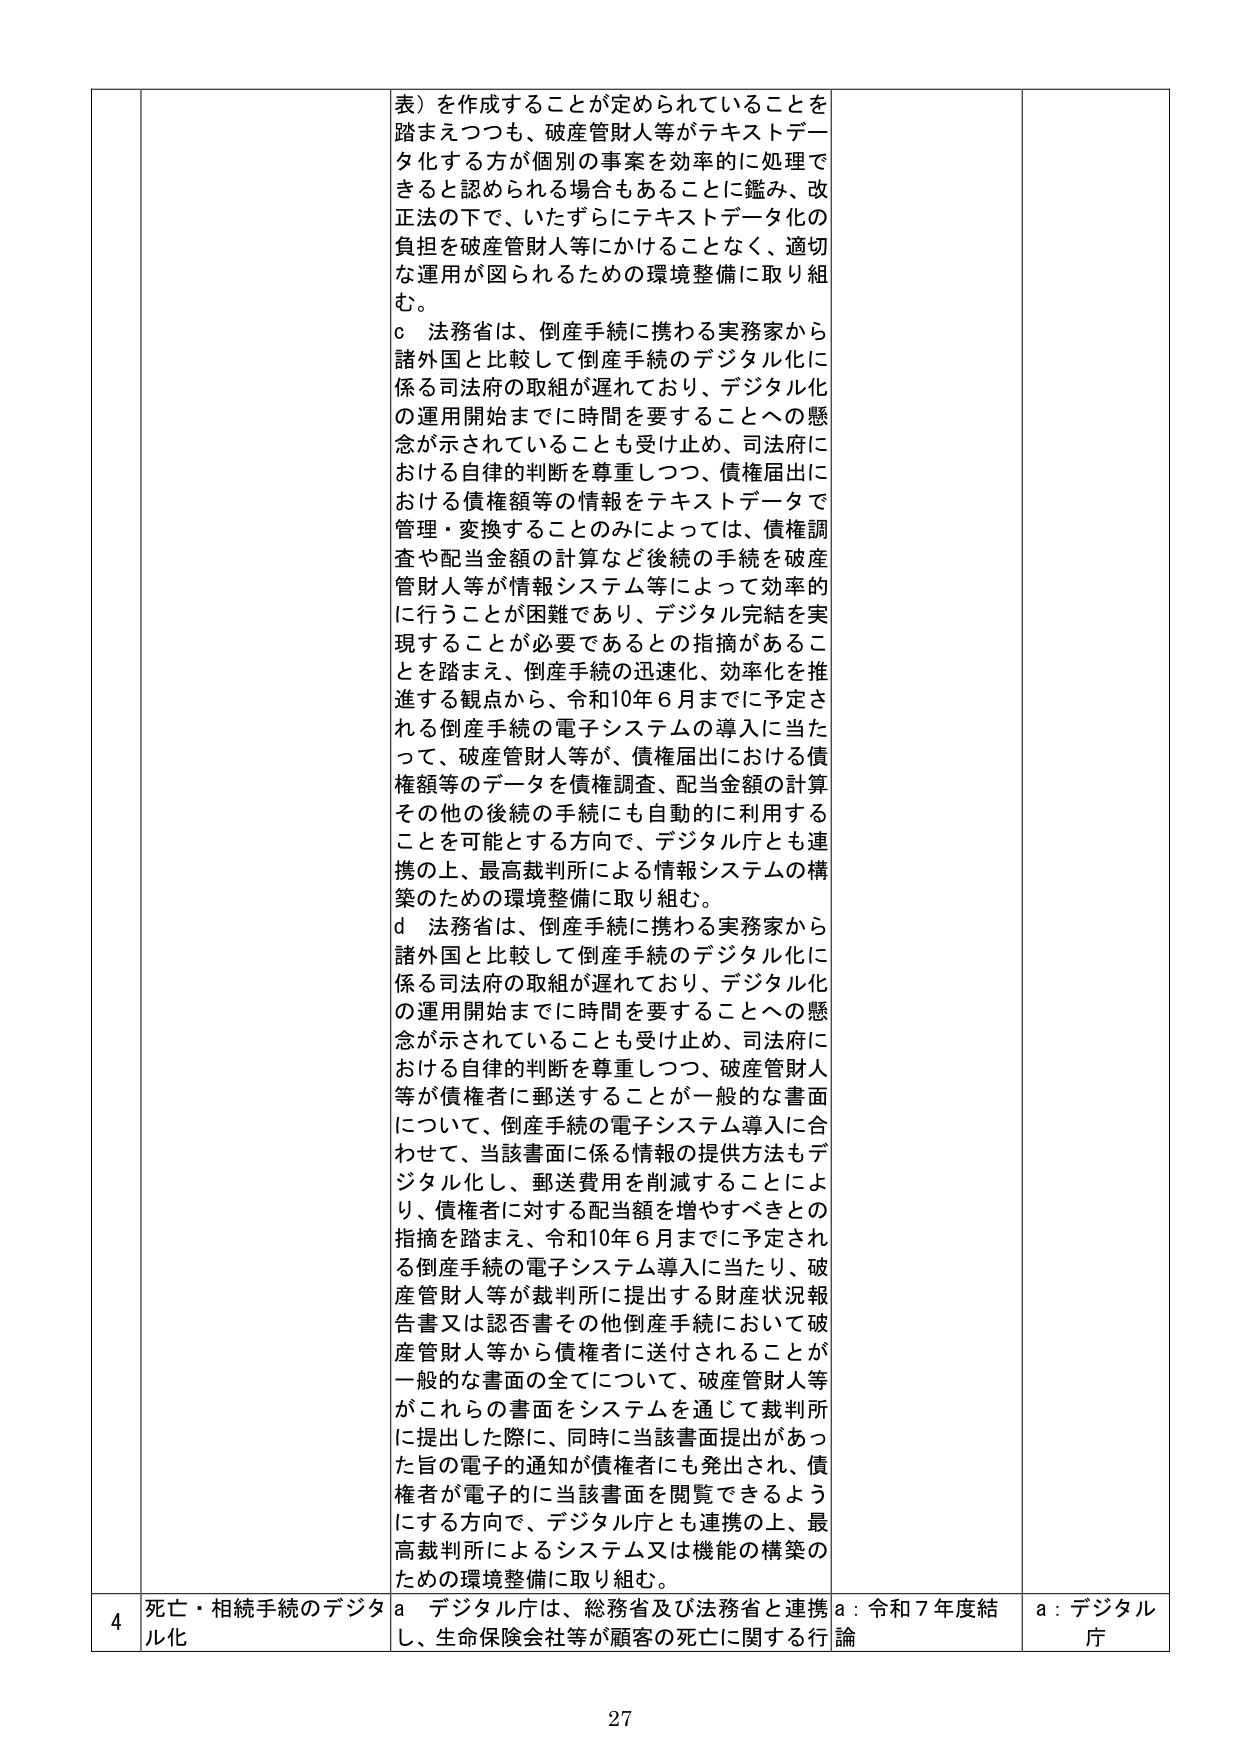
表）を作成することが定められていることを踏まえつつも、破産管財人等がテキストデータ化する方が個別の事案を効率的に処理できると認められる場合もあることに鑑み、改正法の下で、いたずらにテキストデータ化の負担を破産管財人等にかけることなく、適切な運用が図られるための環境整備に取り組む。

c 法務省は、倒産手続に携わる実務家から諸外国と比較して倒産手続のデジタル化に係る司法府の取組が遅れており、デジタル化の運用開始までに時間を要することへの懸念が示されていることも受け止め、司法府における自律的判断を尊重しつつ、債権届出における債権額等の情報をテキストデータで管理・変換することのみによっては、債権調査や配当金額の計算など後続の手続を破産管財人等が情報システム等によって効率的に行うことが困難であり、デジタル完結を実現することが必要であるとの指摘があることを踏まえ、倒産手続の迅速化、効率化を推進する観点から、令和10年6月までに予定される倒産手続の電子システムの導入に当たって、破産管財人等が、債権届出における債権額等のデータを債権調査、配当金額の計算その他の後続の手続にも自動的に利用することを可能とする方向で、デジタル庁とも連携の上、最高裁判所による情報システムの構築のための環境整備に取り組む。

d 法務省は、倒産手続に携わる実務家から諸外国と比較して倒産手続のデジタル化に係る司法府の取組が遅れており、デジタル化の運用開始までに時間を要することへの懸念が示されていることも受け止め、司法府における自律的判断を尊重しつつ、破産管財人等が債権者に郵送することが一般的な書面について、倒産手続の電子システム導入に合わせて、当該書面に係る情報の提供方法もデジタル化し、郵送費用を削減することにより、債権者に対する配当額を増やすべきとの指摘を踏まえ、令和10年6月までに予定される倒産手続の電子システム導入に当たり、破産管財人等が裁判所に提出する財産状況報告書又は認否書その他倒産手続において破産管財人等から債権者に送付されることが一般的な書面の全てについて、破産管財人等がこれらの書面をシステムを通じて裁判所に提出した際に、同時に当該書面提出があった旨の電子的通知が債権者にも発出され、債権者が電子的に当該書面を閲覧できるようにする方向で、デジタル庁とも連携の上、最高裁判所によるシステム又は機能の構築のための環境整備に取り組む。

4 死亡・相続手続のデジタル化 a デジタル庁は、総務省及び法務省と連携し、生命保険会社等が顧客の死亡に関する行 a：令和7年度結論 a：デジタル庁

27